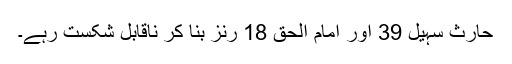
حارث سہیل 39 اور امام الحق 18 رنز بنا کر ناقابل شکست رہے۔